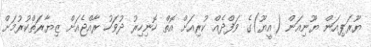
ޔޫރަޕިއަން ޔޫނިއަން (އީޔޫ)ގެ ވަފްދެއް ކުރިއަށް އޮތް ހޮނިހިރު ދުވަހު ރާއްޖެއަށް ޒިޔާރަތްކުރުމަށް